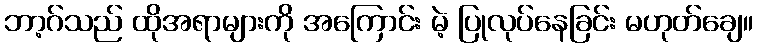
ဘာ့ဂ်သည် ထိုအရာများကို အကြောင်း မဲ့ ပြုလုပ်နေခြင်း မဟုတ်ချေ။